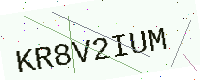
Text: KR8V2IUM